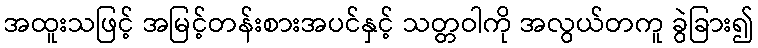
အထူးသဖြင့် အမြင့်တန်းစားအပင်နှင့် သတ္တဝါကို အလွယ်တကူ ခွဲခြား၍